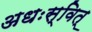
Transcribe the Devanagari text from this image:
अधःस्वित्